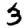
Digit: 3